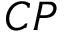
C P